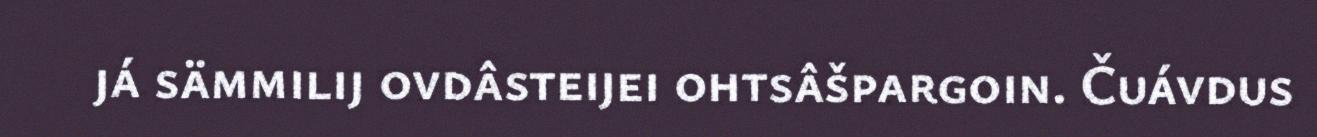
já sämmilij ovdâsteijei ohtsâšpargoin. Čuávdus